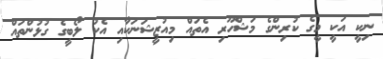
ނިކީ އަކީ މީގެ ކުރިންގެ މަޝްހޫރި އެތައް މިއުޒީޝަނަކާއި އެކު ލޯބީގެ ގުޅުންތައް